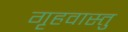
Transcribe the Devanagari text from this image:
गृहवास्तु